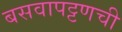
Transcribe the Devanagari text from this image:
बसवापट्टणची